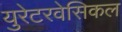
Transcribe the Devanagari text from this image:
युरेटरवेसिकल